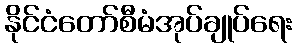
နိုင်ငံတော်စီမံအုပ်ချုပ်ရေး